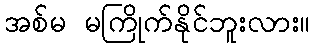
အစ်မ မကြိုက်နိုင်ဘူးလား။